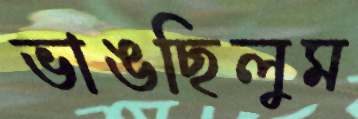
ভাঙছিলুম